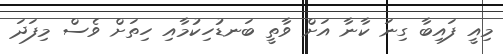
މިއީ ފައިބާ ގިނަ ކާނާ އަށް ވާތީ ބަނޑުހިކުމާއި ހިތަށް ވެސް މިފަދަ